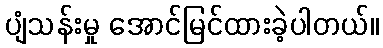
ပျံသန်းမှု အောင်မြင်ထားခဲ့ပါတယ်။